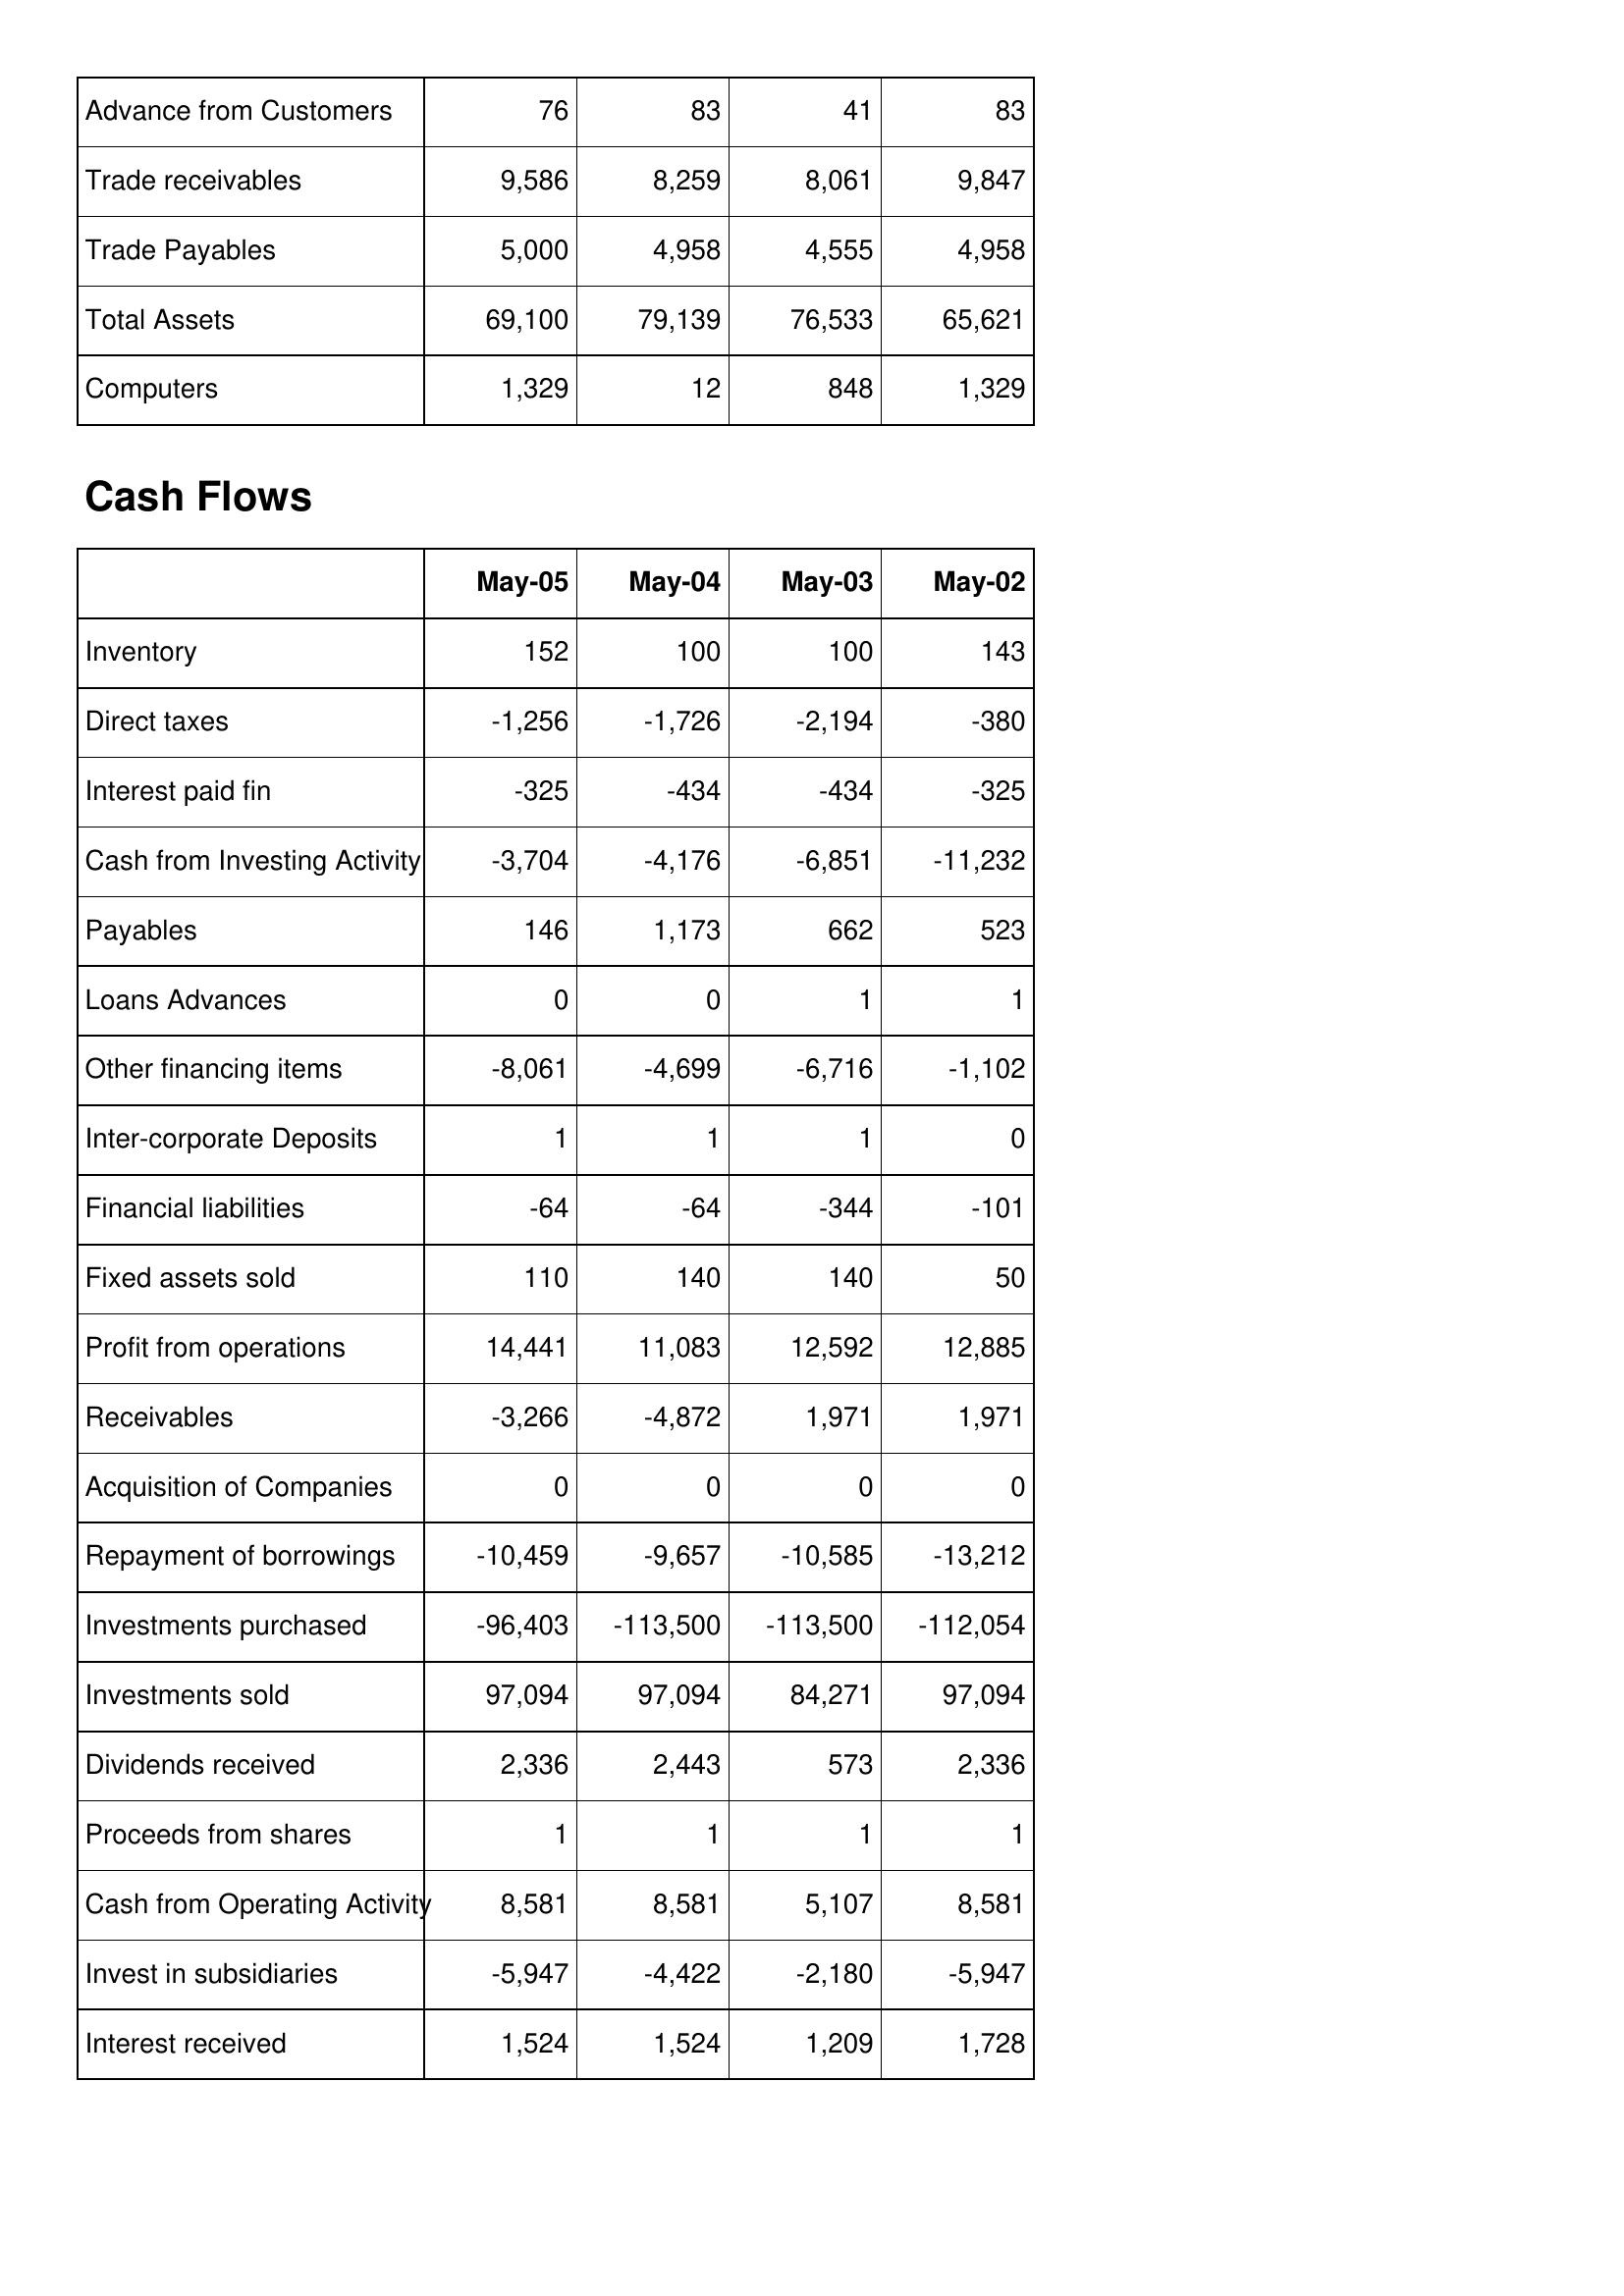
May-05: Balance Sheet: Advance from Customers: 76
Trade receivables: 9,586
Trade Payables: 5,000
Total Assets: 69,100
Computers: 1,329
Cash Flows: Inventory: 152
Direct taxes: -1,256
Interest paid fin: -325
Cash from Investing Activity: -3,704
Payables: 146
Loans Advances: 0
Other financing items: -8,061
Inter-corporate Deposits: 1
Financial liabilities: -64
Fixed assets sold: 110
Profit from operations: 14,441
Receivables: -3,266
Acquisition of Companies: 0
Repayment of borrowings: -10,459
Investments purchased: -96,403
Investments sold: 97,094
Dividends received: 2,336
Proceeds from shares: 1
Cash from Operating Activity: 8,581
Invest in subsidiaries: -5,947
Interest received: 1,524
May-04: Balance Sheet: Advance from Customers: 83
Trade receivables: 8,259
Trade Payables: 4,958
Total Assets: 79,139
Computers: 12
Cash Flows: Inventory: 100
Direct taxes: -1,726
Interest paid fin: -434
Cash from Investing Activity: -4,176
Payables: 1,173
Loans Advances: 0
Other financing items: -4,699
Inter-corporate Deposits: 1
Financial liabilities: -64
Fixed assets sold: 140
Profit from operations: 11,083
Receivables: -4,872
Acquisition of Companies: 0
Repayment of borrowings: -9,657
Investments purchased: -113,500
Investments sold: 97,094
Dividends received: 2,443
Proceeds from shares: 1
Cash from Operating Activity: 8,581
Invest in subsidiaries: -4,422
Interest received: 1,524
May-03: Balance Sheet: Advance from Customers: 41
Trade receivables: 8,061
Trade Payables: 4,555
Total Assets: 76,533
Computers: 848
Cash Flows: Inventory: 100
Direct taxes: -2,194
Interest paid fin: -434
Cash from Investing Activity: -6,851
Payables: 662
Loans Advances: 1
Other financing items: -6,716
Inter-corporate Deposits: 1
Financial liabilities: -344
Fixed assets sold: 140
Profit from operations: 12,592
Receivables: 1,971
Acquisition of Companies: 0
Repayment of borrowings: -10,585
Investments purchased: -113,500
Investments sold: 84,271
Dividends received: 573
Proceeds from shares: 1
Cash from Operating Activity: 5,107
Invest in subsidiaries: -2,180
Interest received: 1,209
May-02: Balance Sheet: Advance from Customers: 83
Trade receivables: 9,847
Trade Payables: 4,958
Total Assets: 65,621
Computers: 1,329
Cash Flows: Inventory: 143
Direct taxes: -380
Interest paid fin: -325
Cash from Investing Activity: -11,232
Payables: 523
Loans Advances: 1
Other financing items: -1,102
Inter-corporate Deposits: 0
Financial liabilities: -101
Fixed assets sold: 50
Profit from operations: 12,885
Receivables: 1,971
Acquisition of Companies: 0
Repayment of borrowings: -13,212
Investments purchased: -112,054
Investments sold: 97,094
Dividends received: 2,336
Proceeds from shares: 1
Cash from Operating Activity: 8,581
Invest in subsidiaries: -5,947
Interest received: 1,728